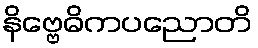
နိဗ္ဗေဓိကပညောတိ